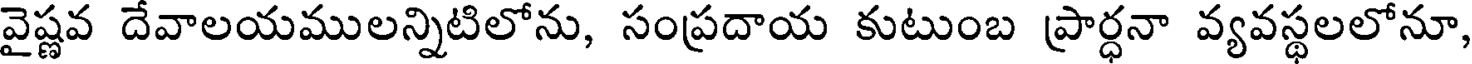
వైష్ణవ దేవాలయములన్నిటిలోను, సంప్రదాయ కుటుంబ ప్రార్ధనా వ్యవస్థలలోనూ,